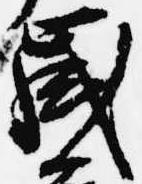
歳